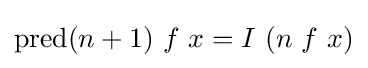
\operatorname {pred} (n+1)\ f\ x=I\ (n\ f\ x)